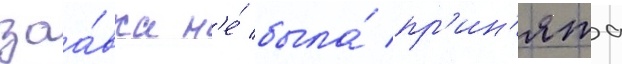
заа́вка н'е́ была́ пр'ин'ята